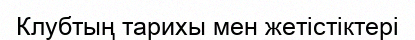
Клубтың тарихы мен жетістіктері